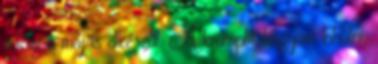
addig a máj is elkészül. A krumplit hagyom kihűlni,